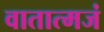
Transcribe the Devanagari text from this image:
वातात्मजं